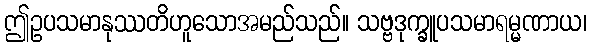
ဤဥပသမာနုဿတိဟူသောအမည်သည်။ သဗ္ဗဒုက္ခူပသမာရမ္မဏာယ၊